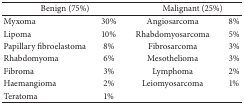
<table><thead><tr><td colspan="2"><b>Benign (75%)</b></td><td colspan="2"><b> Malignant (25%)</b></td></tr></thead><tbody><tr><td>Myxoma</td><td>30%</td><td>Angiosarcoma</td><td>8%</td></tr><tr><td>Lipoma</td><td>10%</td><td>Rhabdomyosarcoma</td><td>5%</td></tr><tr><td>Papillary fibroelastoma</td><td>8%</td><td>Fibrosarcoma</td><td>3%</td></tr><tr><td>Rhabdomyoma</td><td>6%</td><td>Mesothelioma</td><td>3%</td></tr><tr><td>Fibroma</td><td>3%</td><td>Lymphoma</td><td>2%</td></tr><tr><td>Haemangioma</td><td>2%</td><td>Leiomyosarcoma</td><td>1%</td></tr><tr><td>Teratoma</td><td>1%</td><td> </td><td> </td></tr></tbody></table>